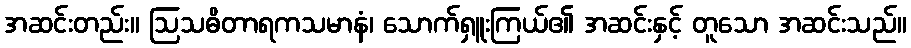
အဆင်းတည်း။ ဩသဓိတာရကသမာနံ၊ သောက်ရှူးကြယ်၏ အဆင်းနှင့် တူသော အဆင်းသည်။